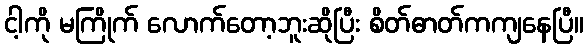
ငါ့ကို မကြိုက် လောက်တော့ဘူးဆိုပြီး စိတ်ဓာတ်ကကျနေပြီ။